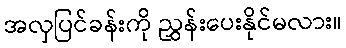
အလှပြင်ခန်းကို ညွှန်းပေးနိုင်မလား။